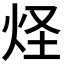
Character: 𤇂